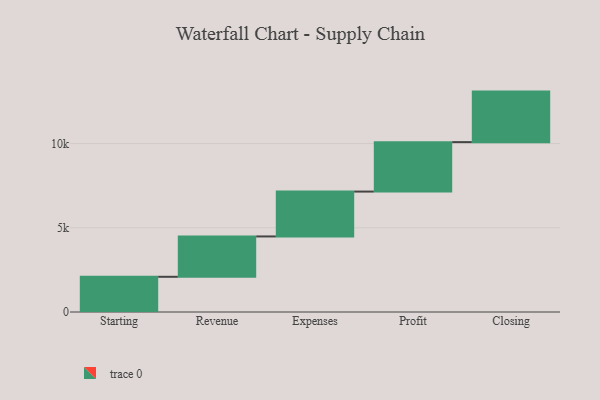
{"axis": {"x": "Step", "y": "Value"}, "legend": [""], "data": [{"x": "Starting", "y": 2090.0, "type": ""}, {"x": "Revenue", "y": 2396.0, "type": ""}, {"x": "Expenses", "y": 2664.0, "type": ""}, {"x": "Profit", "y": 2935.0, "type": ""}, {"x": "Closing", "y": 3000, "type": ""}]}